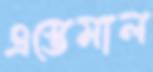
এস্তেমাল